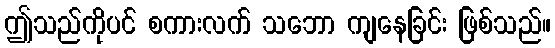
ဤသည်ကိုပင် စကားလက် သဘော ကျနေခြင်း ဖြစ်သည်။